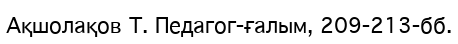
Ақшолақов Т. Педагог-ғалым, 209-213-бб.